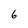
Character: 6